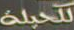
لكحيلة